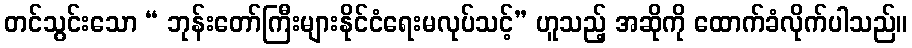
တင်သွင်းသော “ ဘုန်းတော်ကြီးများနိုင်ငံရေးမလုပ်သင့်” ဟူသည့် အဆိုကို ထောက်ခံလိုက်ပါသည်။